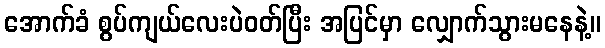
အောက်ခံ စွပ်ကျယ်လေးပဲဝတ်ပြီး အပြင်မှာ လျှောက်သွားမနေနဲ့။